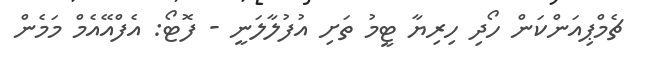
ޗެމްޕިއަންކަން ހޯދި ހިރިޔާ ޓީމު ތަށި އުފުލާލަނީ - ފޮޓޯ: އެފްއޭއެމް މަމެން